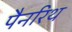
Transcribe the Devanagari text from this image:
पैनरिथ